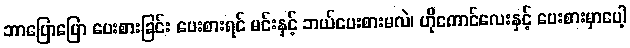
ဘာပြောပြော ပေးစားခြင်း ပေးစားရင် မင်းနှင့် ဘယ်ပေးစားမလဲ၊ ဟိုကောင်လေးနှင့် ပေးစားမှာပေါ့